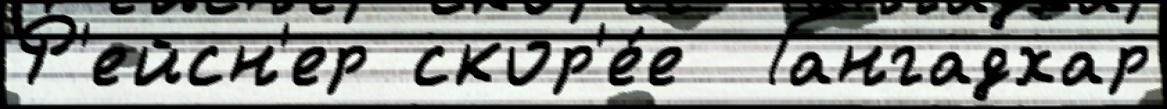
Р'ейсн'ер скор'е́е  Гангадхар